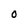
Character: O